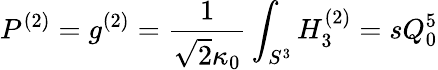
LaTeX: P^{(2)}=g^{(2)}=\frac{1}{\sqrt{2}\kappa_{0}}\int_{S^{3}}H_{3}^{(2)}=sQ_{0}^{5}